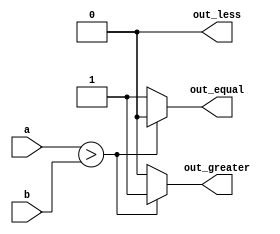
module top_module(input a,input b,output reg out_less,output reg out_greater,output reg out_equal
);
always @(*) begin
  if(a==b)begin
  out_less=1;
  out_greater=0;
  out_equal=0;
end
  if(a>b)begin
  out_less=0;
  out_greater=1;
  out_equal=0;
end
else begin
  out_less=0;
  out_greater=0;
  out_equal=1;
end
    
end

endmodule